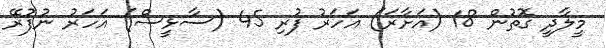
މީލާދީ ގޮތުން 18 (އަށާރަ) އަހަރު ފުރި 45 (ސާޅީސް) އަހަރު ނުފުރޭ